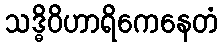
သဒ္ဓိဝိဟာရိကေနေတံ